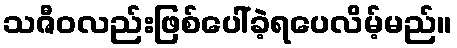
သဇီဝလည်းဖြစ်ပေါ်ခဲ့ရပေလိမ့်မည်။